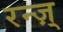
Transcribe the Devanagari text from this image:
रन्ज़्